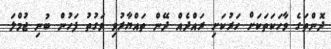
ދޮންތަގެ ވާހަކަތަކަށް ހަރުކަށި ރައްދެއް ދޭން ތައްޔާރުވި ވަގުތު ފަހުން ބުނި ޖުމްލަ